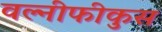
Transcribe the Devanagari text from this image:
वल्नीफीकुस